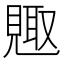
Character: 𮗕